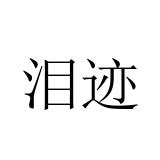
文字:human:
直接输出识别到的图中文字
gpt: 泪迹